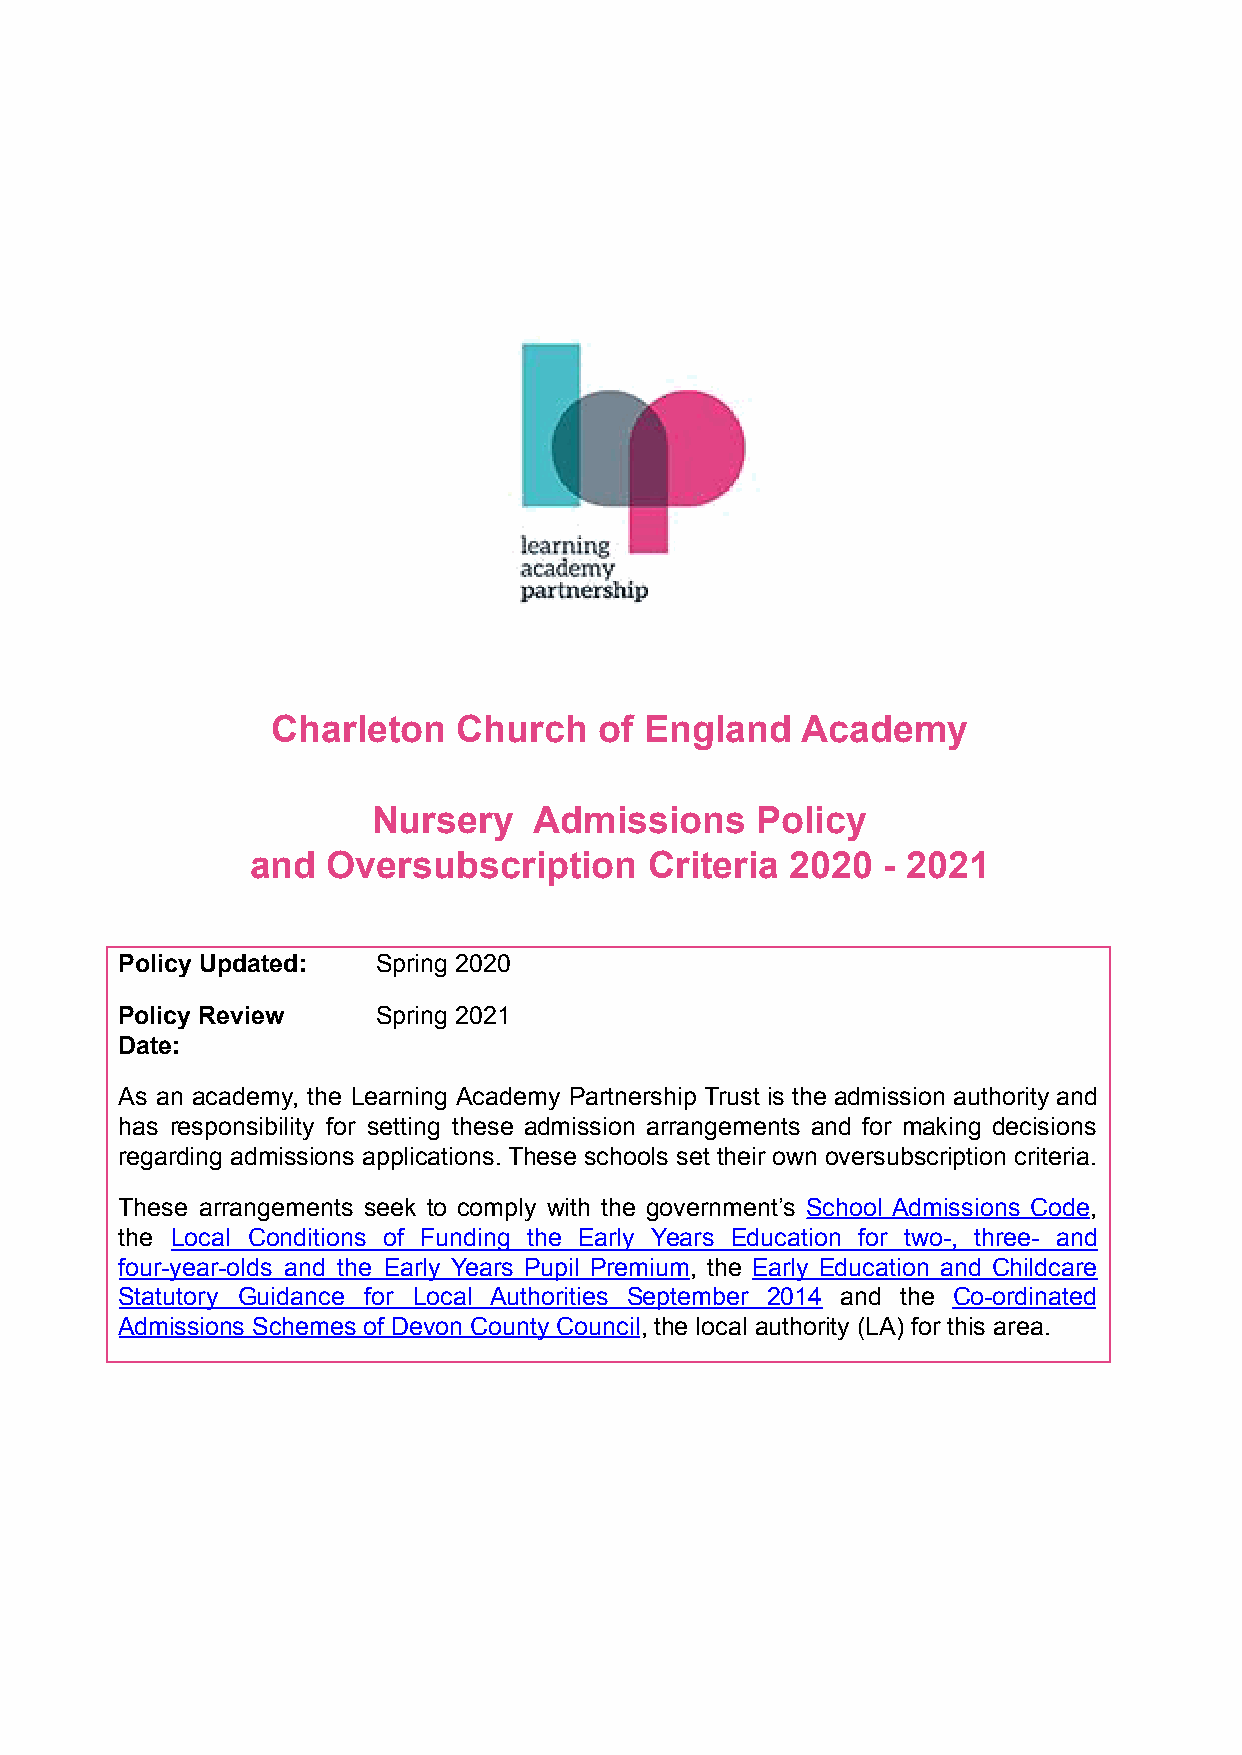
Charleton   Church    of England   Academy
 Nursery   Admissions     Policy
 and  Oversubscription     Criteria 2020   - 2021
 Policy Updated:  Spring 2020
 Policy Review    Spring 2021
 Date:
 As an academy, the Learning Academy Partnership Trust is the admission authority and
 has responsibility for setting these admission arrangements and for making decisions
 regarding admissions applications. These schools set their own oversubscription criteria.
 These arrangements seek to comply with the government’s School Admissions Code,
 the Local Conditions of Funding the Early Years Education for two-, three- and
 four-year-olds and the Early Years Pupil Premium, the Early Education and Childcare
 Statutory Guidance for Local Authorities September 2014 and the Co-ordinated
 Admissions Schemes of Devon County Council, the local authority (LA) for this area.